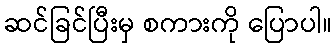
ဆင်ခြင်ပြီးမှ စကားကို ပြောပါ။